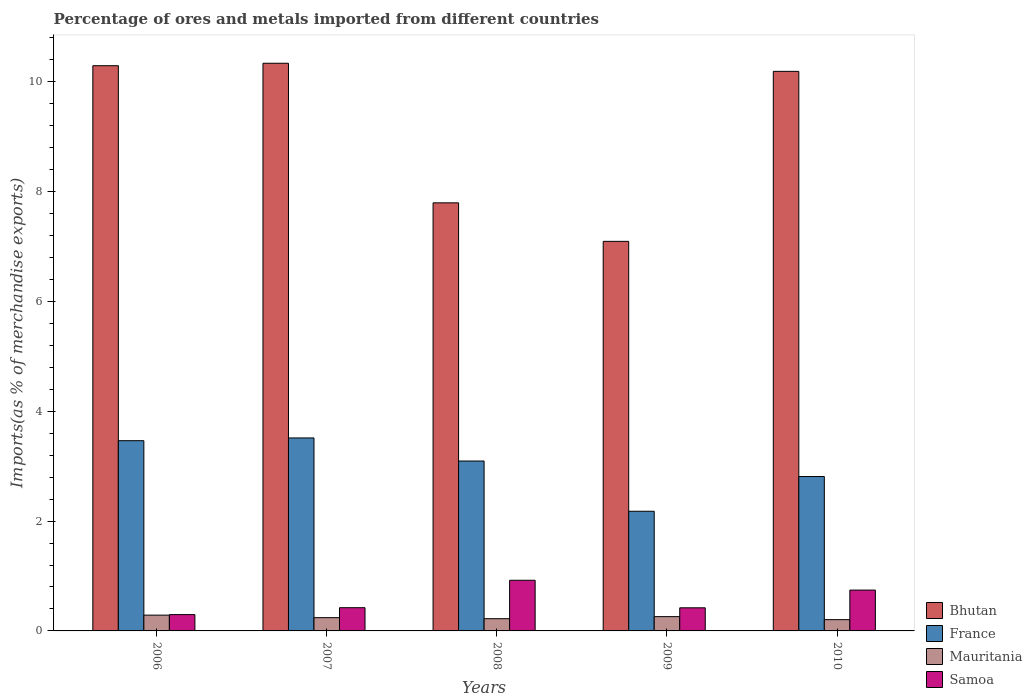
| Years | Bhutan | France | Mauritania | Samoa |
 | --- | --- | --- | --- | --- |
 | 2006 | 10.3 | 3.46 | 0.287 | 0.297 |
 | 2007 | 10.3 | 3.51 | 0.241 | 0.423 |
 | 2008 | 7.79 | 3.09 | 0.223 | 0.922 |
 | 2009 | 7.09 | 2.18 | 0.26 | 0.421 |
 | 2010 | 10.2 | 2.81 | 0.205 | 0.744 |